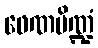
ဖေဏပိဏ္ဍံ